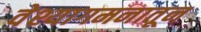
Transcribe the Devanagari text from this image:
वेश्यागमनातून